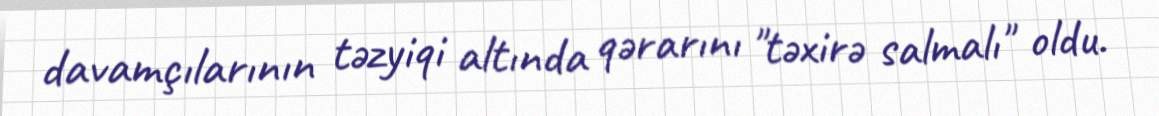
davamçılarının təzyiqi altında qərarını "təxirə salmalı" oldu.